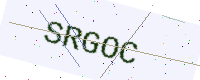
Text: SRGOC